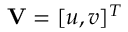
\mathbf { V } = [ u , v ] ^ { T }